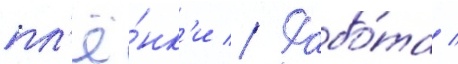
пл'ё́нк'и // Рабо́та /